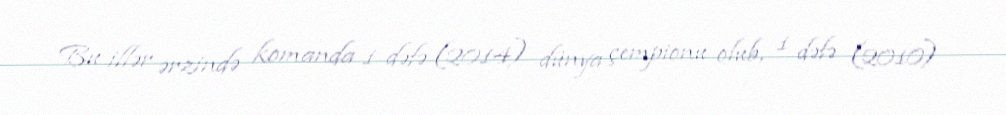
Bu illər ərzində komanda 1 dəfə (2014) dünya çempionu olub, 1 dəfə (2010)